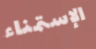
الإستمناء